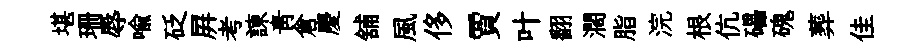
堪珊辱喩砭屛考諫青倉慶舖風侈賈叶翻濶脂浣根伉礧磈葬佳